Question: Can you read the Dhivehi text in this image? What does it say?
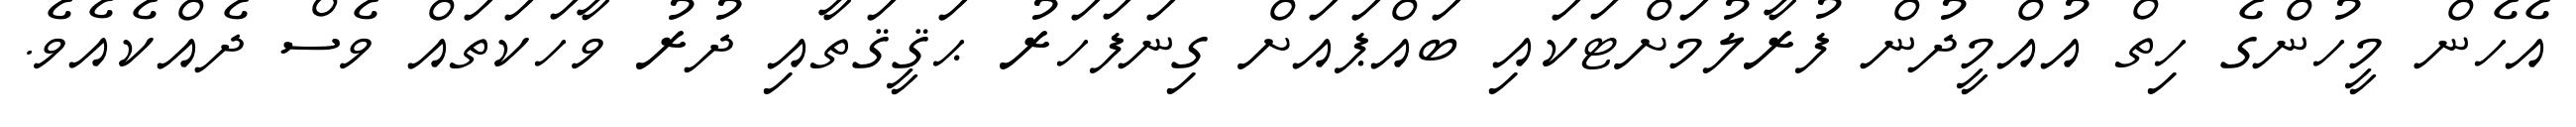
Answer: އެހެން މީހުންގެ ހިތް އުއްމީދުން ފުރާލުމަށްޓަކައި ބައްޕައަށް ގިނަފަހަރު ޙަޤީޤަތާއި ދުރު ވާހަކަތައް ވެސް ދެއްކެއެވެ.